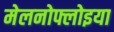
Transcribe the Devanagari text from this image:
मेलनोफ्लोइया